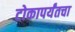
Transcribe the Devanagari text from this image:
टोकापर्यंतचा